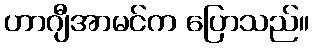
ဟာဂျီအာမင်က ပြောသည်။